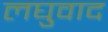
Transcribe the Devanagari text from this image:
लघुवाद